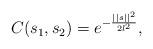
LaTeX: \begin{align*}C(s_1, s_2) = e^{-\frac{||s||^2}{2 l^2}},\end{align*}